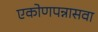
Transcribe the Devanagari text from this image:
एकोणपन्नासवा